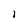
Character: 1